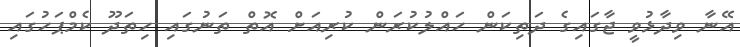
އޭނާ ވިދާޅުވީ ޖާގައިގެ ދަތިކަން ހައްލުކުރަން ކުރިއަށް އޮތް ތަނުގައި ހިތަދޫ ކެމްޕަހުގައި